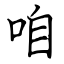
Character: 咱